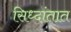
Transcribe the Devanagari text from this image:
सिध्दांतात